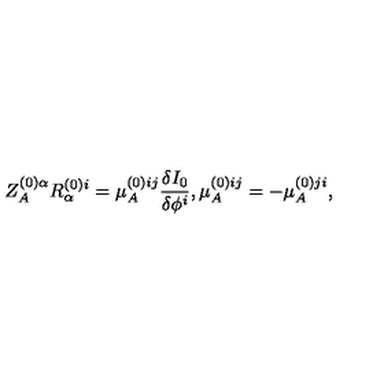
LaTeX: Z _ { A } ^ { ( 0 ) \alpha } R _ { \alpha } ^ { ( 0 ) i } = \mu _ { A } ^ { ( 0 ) i j } \frac { \delta I _ { 0 } } { \delta \phi ^ { i } } , \mu _ { A } ^ { ( 0 ) i j } = - \mu _ { A } ^ { ( 0 ) j i } ,